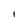
Character: l